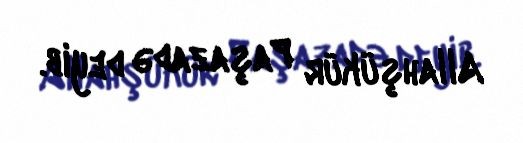
Allahşükür Paşazadə deyib.